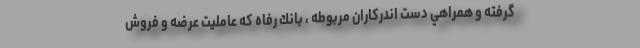
گرفته و همراهي دست اندركاران مربوطه ، بانك رفاه كه عامليت عرضه و فروش